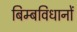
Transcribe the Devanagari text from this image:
बिम्बविधानों